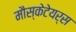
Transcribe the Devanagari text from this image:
मौस्केटेयर्स